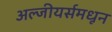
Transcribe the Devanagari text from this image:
अल्जीयर्समधून